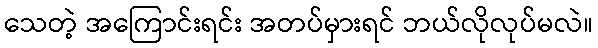
သေတဲ့ အကြောင်းရင်း အတပ်မှားရင် ဘယ်လိုလုပ်မလဲ။